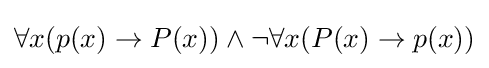
\forall x(p(x)\rightarrow P(x))\wedge \neg \forall x(P(x)\rightarrow p(x))